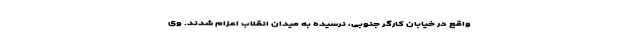
واقع در خیابان کارگر جنوبی، نرسیده به میدان انقلاب اعزام شدند. وی